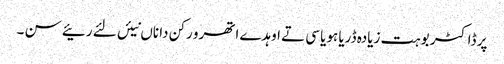
پر ڈاکٹر بوہت زیادہ ڈریا ہویا سی تے اوہدے اتھرو رکن دا ناں نیئں لئے رئیے سن ۔